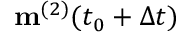
\mathbf { m } ^ { ( 2 ) } ( t _ { 0 } + \Delta t )